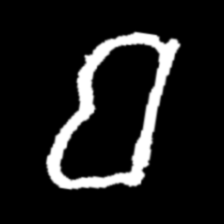
Pyu character \u2014 Myanmar letter: ဗ (romanized: ba)